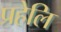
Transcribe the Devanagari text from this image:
प्रहेलि